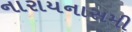
નારાયનાસમી